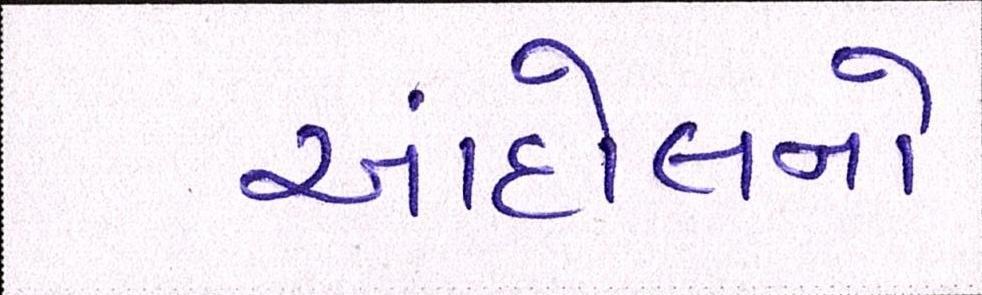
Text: આંદોલનો